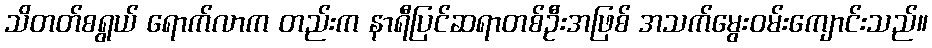
သိတတ်စရွယ် ရောက်လာက တည်းက နာရီပြင်ဆရာတစ်ဦးအဖြစ် အသက်မွေးဝမ်းကျောင်းသည်။